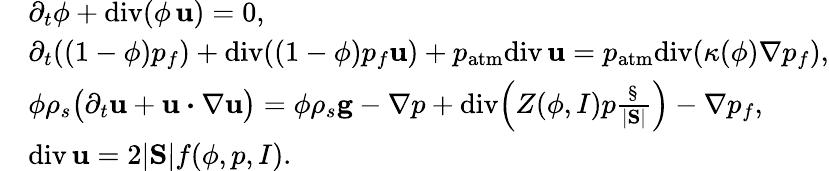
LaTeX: \begin{array}{rl}&{\partial_{t}\phi+\mathrm{div}(\phi\, {\mathbf u})=0,}\\ &{\partial_{t}((1-\phi)p_{f})+\mathrm{div}((1-\phi)p_{f}{\mathbf u})+p_{\mathrm{atm}}\mathrm{div}\, {\mathbf u}=p_{\mathrm{atm}}\mathrm{div}(\kappa(\phi)\nabla p_{f}),}\\ &{\phi\rho_{s}\big(\partial_{t}{\mathbf u}+{\mathbf u}\boldsymbol{\cdot}\nabla{\mathbf u}\big)=\phi\rho_{s}{\mathbf g}-\nabla p+\mathrm{div}\Big(Z(\phi,I)p\frac{\S}{|\mathrm{\mathbf S}|}\Big)-\nabla p_{f},}\\ &{\mathrm{div}\, {\mathbf u}=2|\mathrm{\mathbf S}|f(\phi,p,I).}\end{array}